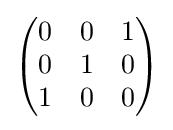
{\begin{pmatrix}0&0&1\\0&1&0\\1&0&0\end{pmatrix}}